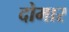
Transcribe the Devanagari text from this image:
दोमार